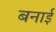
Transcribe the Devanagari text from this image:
बनार्इ